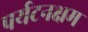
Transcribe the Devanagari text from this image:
पर्यटनक्षम